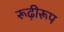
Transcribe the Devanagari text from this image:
रूढ़ीरूप